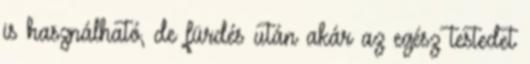
is használható, de fürdés után akár az egész testedet